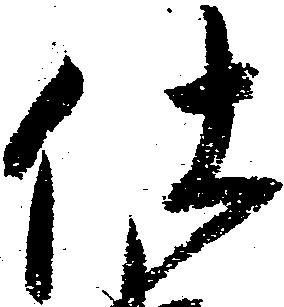
仕